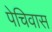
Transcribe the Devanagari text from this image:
पेचिवास